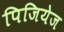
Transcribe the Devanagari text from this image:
पिजियेज